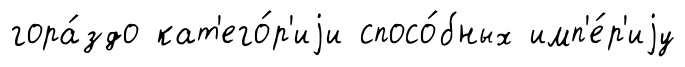
гора́здо кат'его́р'иjи спосо́бных имп'е́р'иjу